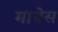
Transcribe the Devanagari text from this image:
माथेस